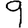
Digit: 9